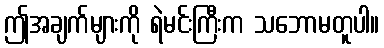
ဤအချက်များကို ရဲမင်းကြီးက သဘောမတူပါ။